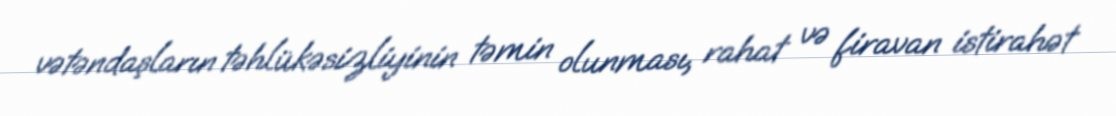
vətəndaşların təhlükəsizliyinin təmin olunması, rahat və firavan istirahət